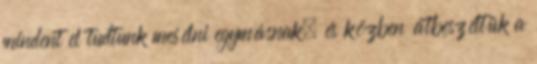
mindent el tudtunk mesélni egymásnak, és közben átbeszéltük a